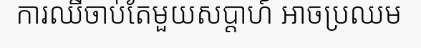
ការឈឺចាប់តែមួយសប្តាហ៍ អាចប្រឈម